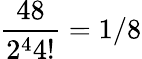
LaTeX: \frac{48}{2^{4}4!}=1/8